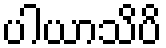
ပါယာသိပိ